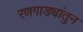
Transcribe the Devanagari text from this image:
रणगाड्यांतुन